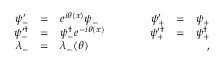
\begin{array} { r c l c r c l } { { \psi _ { - } ^ { \prime } } } & { { = } } & { { e ^ { i \theta ( x ) } \psi _ { - } } } & { { \quad \quad } } & { { \psi _ { + } ^ { \prime } } } & { { = } } & { { \psi _ { + } \nonumber } } \\ { { \psi _ { - } ^ { \prime \dag } } } & { { = } } & { { \psi _ { - } ^ { \dag } e ^ { - i \theta ( x ) } } } & { { \quad \quad } } & { { \psi _ { + } ^ { \prime \dag } } } & { { = } } & { { \psi _ { + } ^ { \dag } \nonumber } } \\ { { \lambda _ { - } } } & { { = } } & { { \lambda _ { - } ( \theta ) } } & { { } } & { { } } & { { } } & { { \quad , } } \end{array}